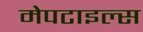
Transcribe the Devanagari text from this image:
मेपटाइल्स